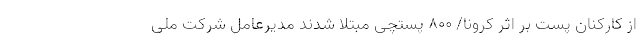
از کارکنان پست بر اثر کرونا/ ۸۰۰ پستچی مبتلا شدند مدیرعامل شرکت ملی